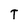
Character: T